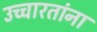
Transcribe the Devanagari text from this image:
उच्चारतांना